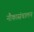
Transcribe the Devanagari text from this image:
नौकासंचालन